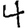
Digit: 4